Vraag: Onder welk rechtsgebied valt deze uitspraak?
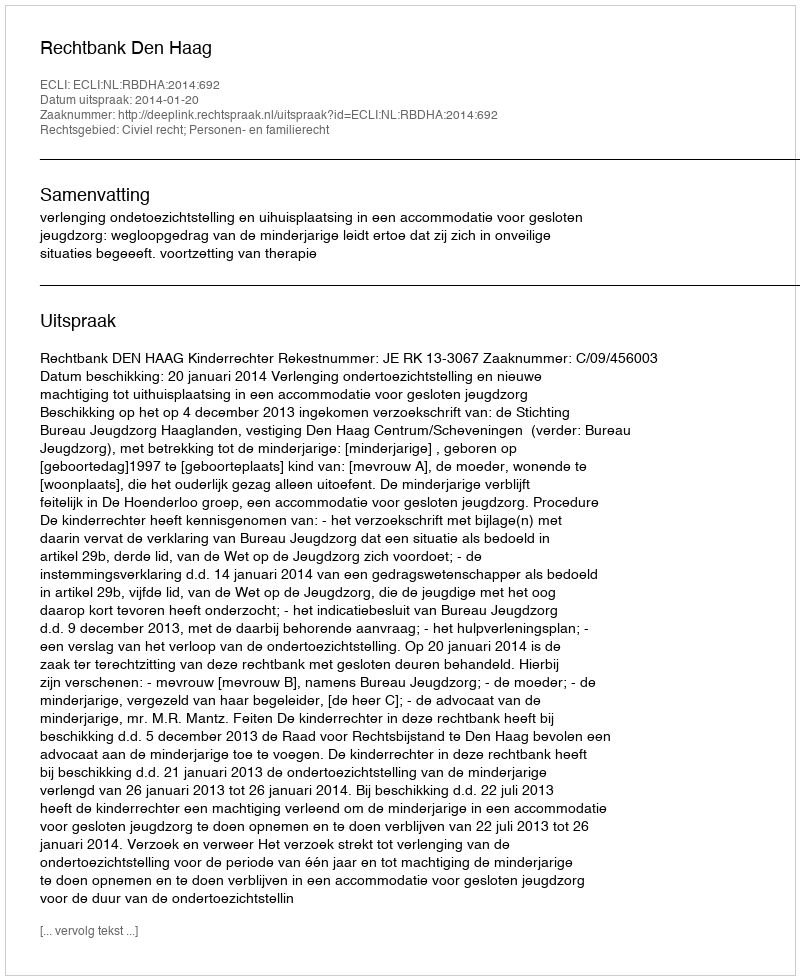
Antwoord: Civiel recht; Personen- en familierecht